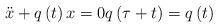
LaTeX: \begin{align*}\ddot{x}+q\left( t\right) x=0q\left( \tau +t\right) =q\left(t\right) \end{align*}